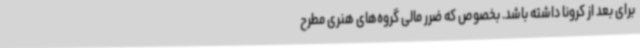
برای بعد از کرونا داشته باشد. بخصوص که ضرر مالی گروه‌های هنری مطرح